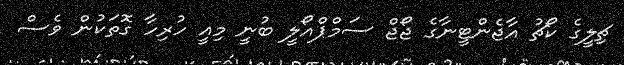
ޗިލީގެ ކޯޗު އާޖެންޓީނާގެ ޖޯޖް ސަމްޕްއޯލީ ބުނީ މިއީ ހުރިހާ ގޮތަކުން ވެސް